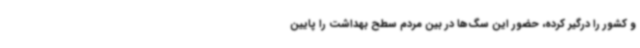
و کشور را درگیر کرده، حضور این سگ‌ها در بین مردم سطح بهداشت را پایین